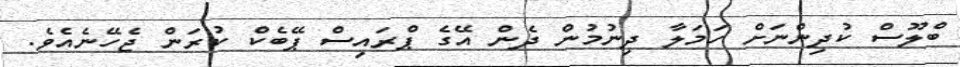
ބްލޫސް ކުދިންނަށް ހަމަލާ ދިނުމުން ދެން އޭގެ ޕްރައިސް ޕޭބެކް ކުރަން ޖެހޭނެއެވެ.